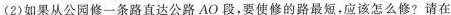
(2)如果从公园修一条路直达公路AO段，要使修的路最短，应该怎么修？请在